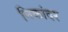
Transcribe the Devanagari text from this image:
निकांदर